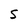
Character: 5